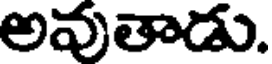
అవుతాడు.